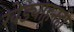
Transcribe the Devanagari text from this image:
खेड्याहूनही